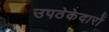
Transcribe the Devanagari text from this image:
उपठेकेदारों